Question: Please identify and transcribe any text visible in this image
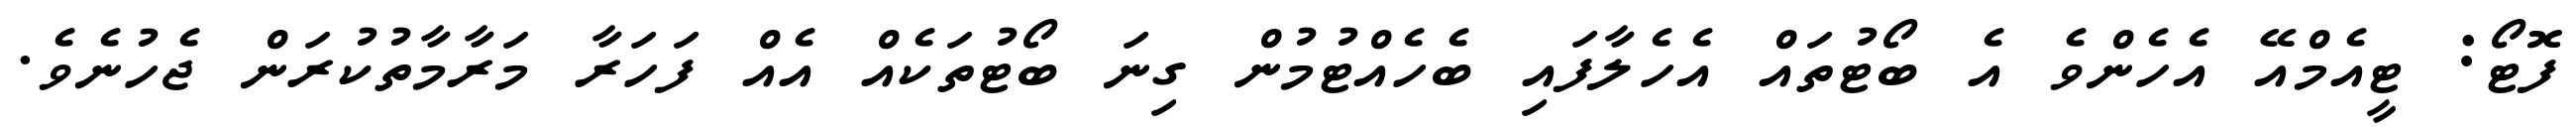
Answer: ފޮޓޯ: ޓީއެމްއޭ އެހެންވެ އެ ބޯޓުތައް އެހެލާފައި ބެހެއްޓުމުން ގިނަ ބޯޓުތަކެއް އެއް ފަހަރާ މަރާމާތުކުރަން ޖެހުނެވެ.